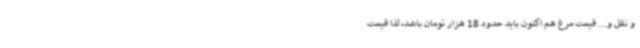
و نقل و... قیمت مرغ هم اکنون باید حدود 18 هزار تومان باشد، لذا قیمت